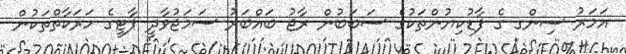
އަމަރު ސިންގ ގެ ފާޑުކިޔުންތަކުގެ ސަބަބުން ރާޖު ބައްބަރު ސަމަޖުވާދީ ޕާޓީގެ ހަރަކާތްތަކުން